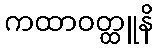
ကထာဝတ္ထူနိ